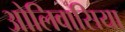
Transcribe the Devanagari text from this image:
ओलिवासिया